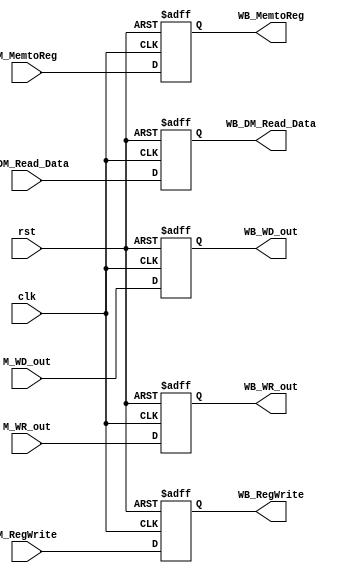
// M_WB

module M_WB ( clk,
              rst,
			  // input 
			  // WB
			  M_MemtoReg,
			  M_RegWrite,
			  // pipe
			  M_DM_Read_Data,
			  M_WD_out,
			  M_WR_out,
			  // output
			  // WB
			  WB_MemtoReg,
			  WB_RegWrite,
			  // pipe
			  WB_DM_Read_Data,
			  WB_WD_out,
              WB_WR_out
			  );
	
	parameter data_size = 32;
	
	input clk, rst;
	
	// WB
    input M_MemtoReg;	
    input M_RegWrite;	
	// pipe
    input [data_size-1:0] M_DM_Read_Data;
    input [data_size-1:0] M_WD_out;
    input [4:0] M_WR_out;

	// WB
	output WB_MemtoReg;
	output WB_RegWrite;
	// pipe
    	output [data_size-1:0] WB_DM_Read_Data;
    	output [data_size-1:0] WB_WD_out;
   	output [4:0] WB_WR_out;
	
	
	// write your code in here
	reg WB_MemtoReg;
	reg WB_RegWrite;
	// pipe
	reg [data_size-1:0] WB_DM_Read_Data;
	reg [data_size-1:0] WB_WD_out;
	reg [4:0] WB_WR_out;

	always@(negedge clk or posedge rst) 
    begin 
	if(rst)
	begin
	
	WB_MemtoReg <=0 ;
	WB_RegWrite <=0 ;
	WB_DM_Read_Data <=0;
	WB_WD_out <=0;
	WB_WR_out <=0;
	end

	else
	begin
	WB_MemtoReg <= M_MemtoReg;
	WB_RegWrite <= M_RegWrite;	
	WB_DM_Read_Data <= M_DM_Read_Data;
	WB_WD_out <= M_WD_out;
	WB_WR_out <= M_WR_out;
	end
    end 
	

	

endmodule